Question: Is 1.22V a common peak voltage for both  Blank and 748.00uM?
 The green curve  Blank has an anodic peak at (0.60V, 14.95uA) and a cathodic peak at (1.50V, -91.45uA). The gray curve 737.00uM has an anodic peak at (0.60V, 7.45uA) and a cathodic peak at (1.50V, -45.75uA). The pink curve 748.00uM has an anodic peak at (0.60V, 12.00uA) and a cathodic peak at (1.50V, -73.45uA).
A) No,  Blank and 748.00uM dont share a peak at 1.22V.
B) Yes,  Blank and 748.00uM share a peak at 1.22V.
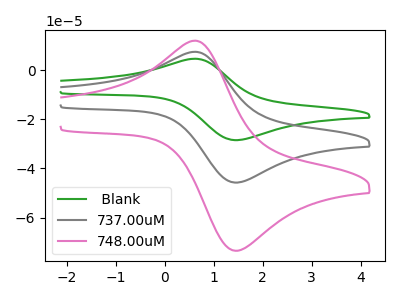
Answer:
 <answer>A) No, " Blank" and "748.00uM" dont share a peak at 1.22V.</answer>
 <eval>A</eval>